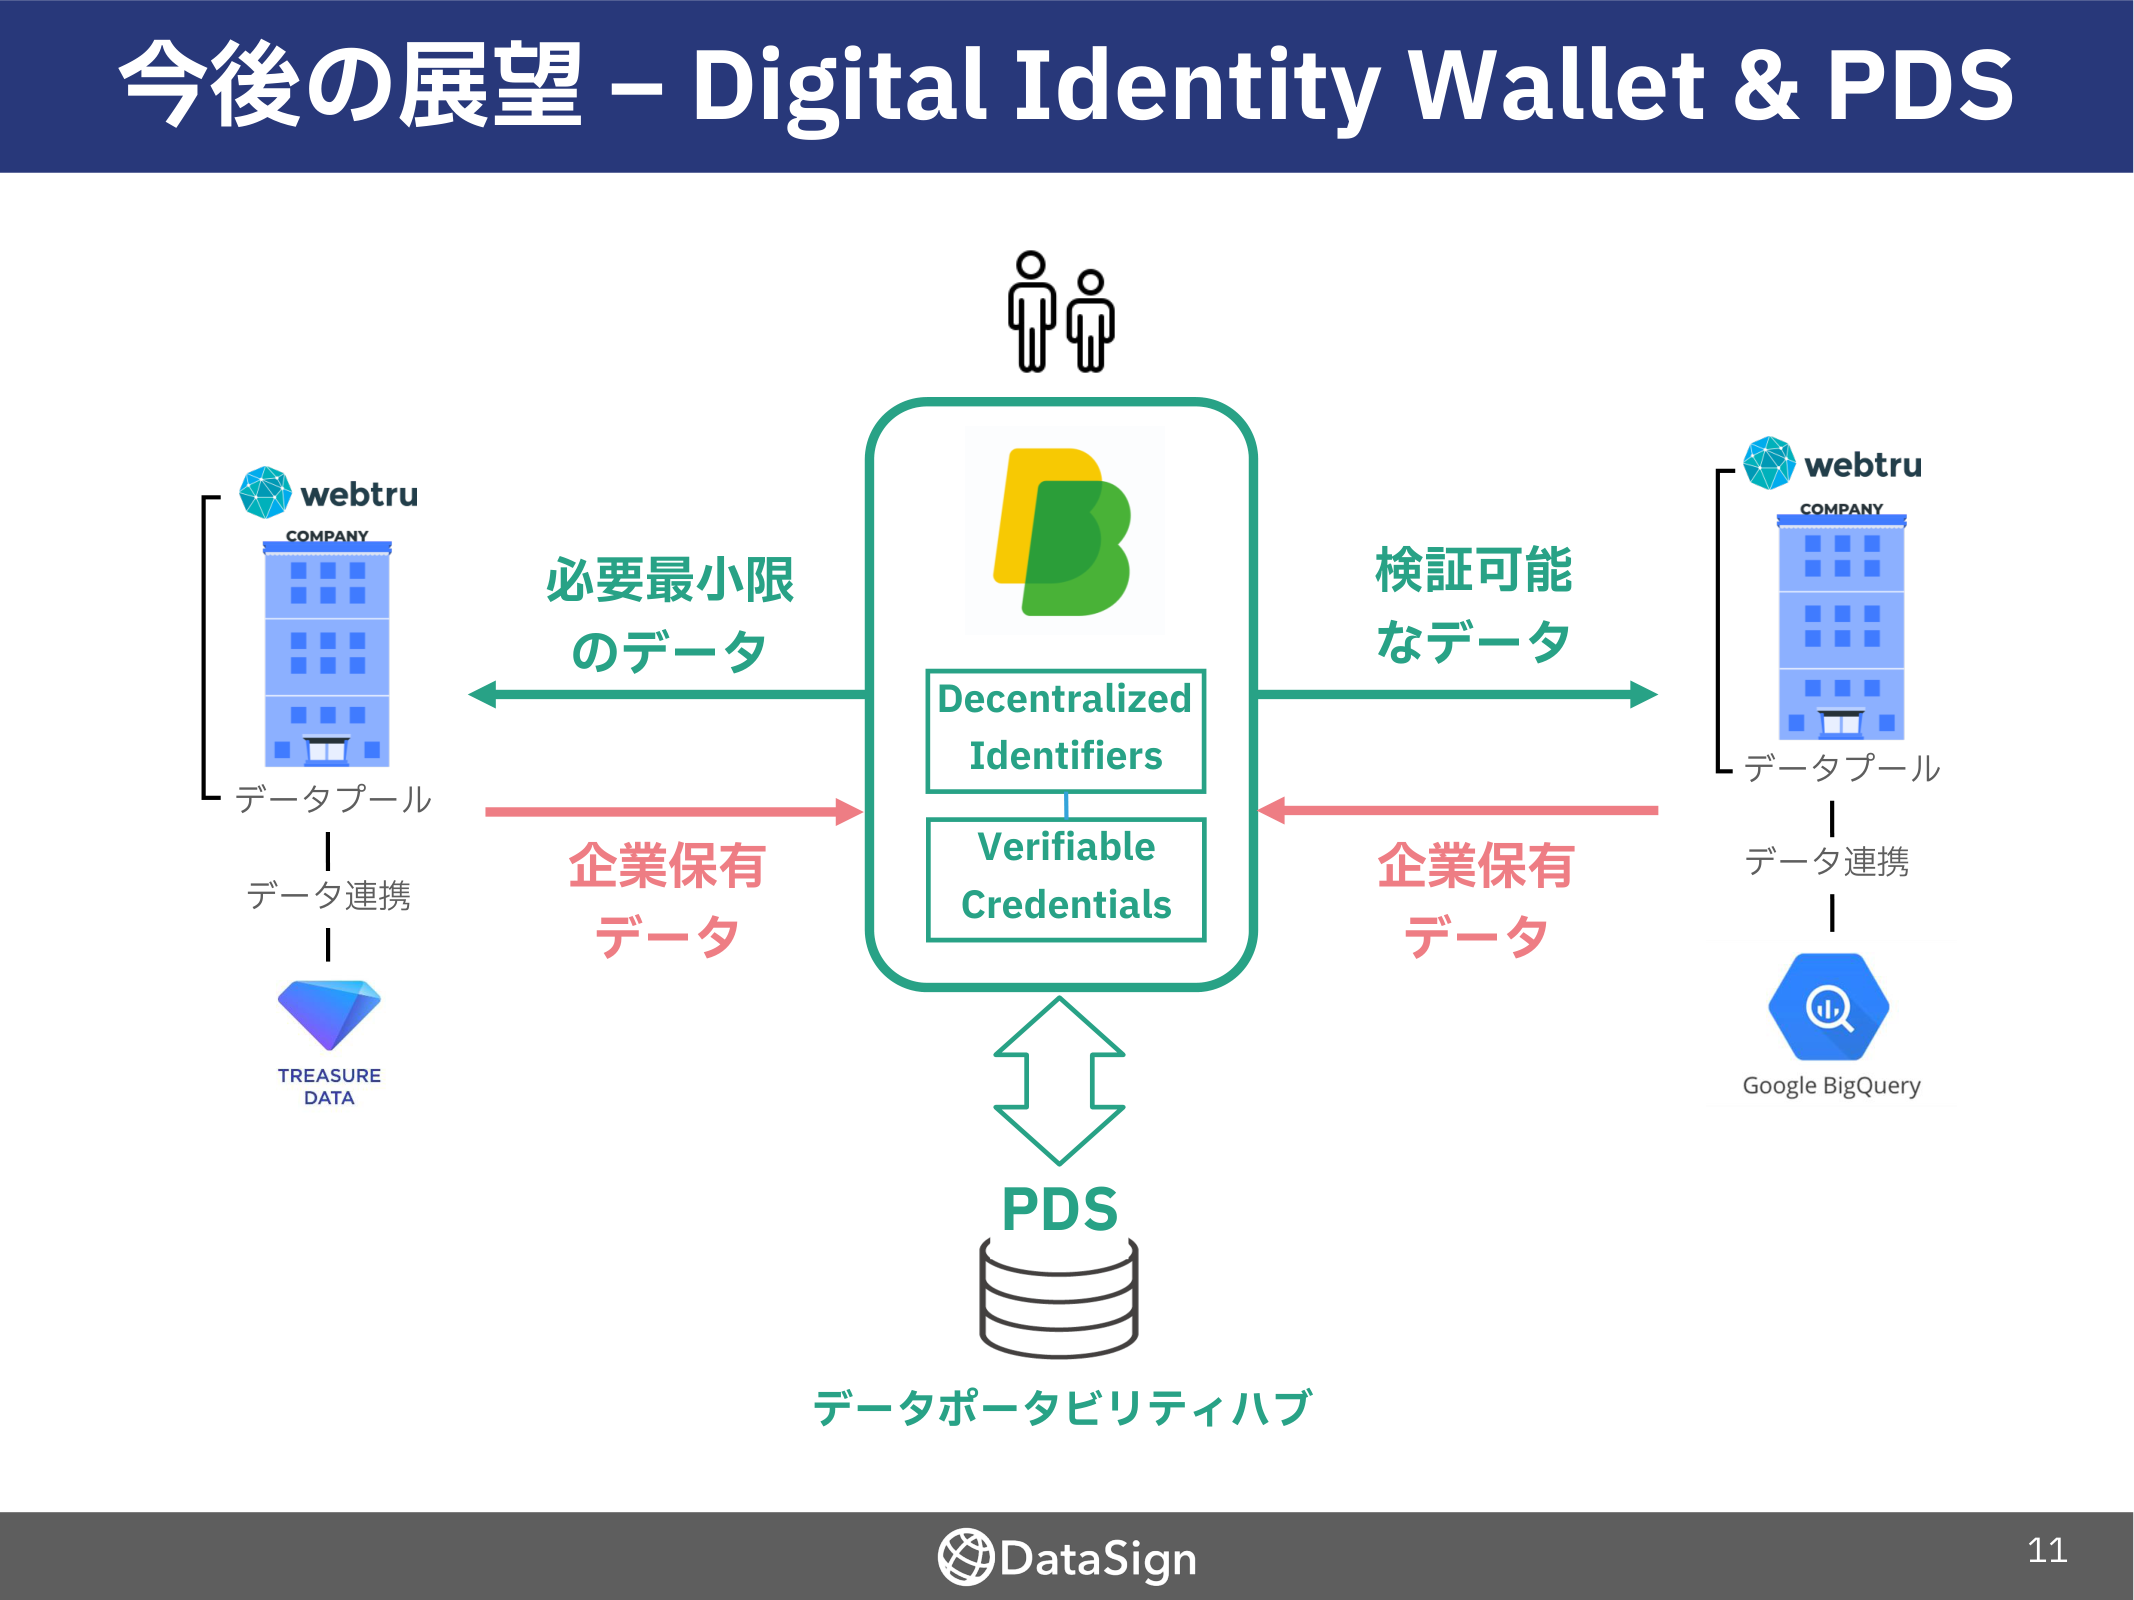
今後の展望 – Digital Identity Wallet & PDS

webtru
COMPANY
データプール
データ連携
TREASURE
DATA

必要最小限
のデータ
企業保有
データ

Decentralized
Identifiers
Verifiable
Credentials

検証可能
なデータ
企業保有
データ

webtru
COMPANY
データプール
データ連携
Google BigQuery

PDS
データポータビリティハブ

DataSign
11